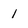
Character: 1